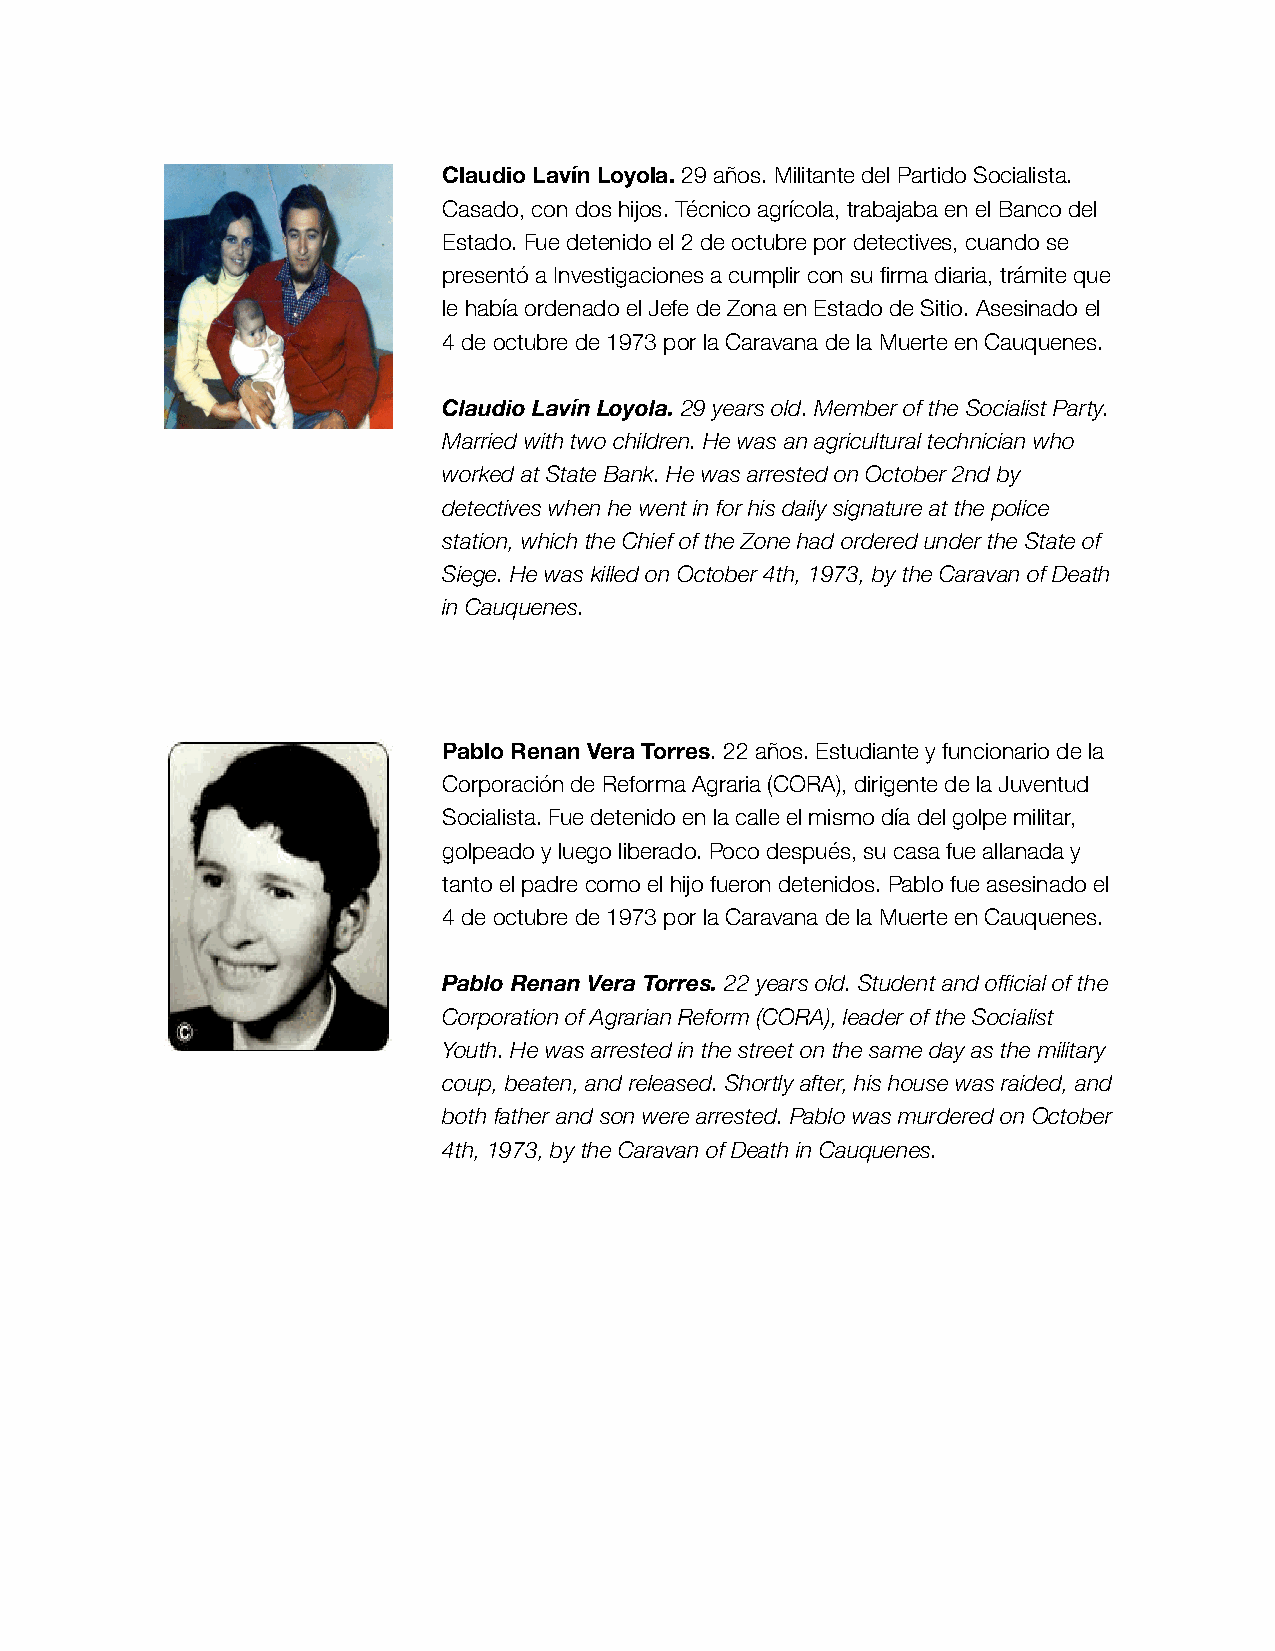
Claudio Lavín Loyola. 29 años. Militante del Partido Socialista.
 Casado, con dos hijos. Técnico agrícola, trabajaba en el Banco del
 Estado. Fue detenido el 2 de octubre por detectives, cuando se
 presentó a Investigaciones a cumplir con su firma diaria, trámite que
 le había ordenado el Jefe de Zona en Estado de Sitio. Asesinado el
 4 de octubre de 1973 por la Caravana de la Muerte en Cauquenes.
 Claudio Lavín Loyola. 29 years old. Member of the Socialist Party.
 Married with two children. He was an agricultural technician who
 worked at State Bank. He was arrested on October 2nd by
 detectives when he went in for his daily signature at the police
 station, which the Chief of the Zone had ordered under the State of
 Siege. He was killed on October 4th, 1973, by the Caravan of Death
 in Cauquenes.
 Pablo Renan Vera Torres. 22 años. Estudiante y funcionario de la
 Corporación de Reforma Agraria (CORA), dirigente de la Juventud
 Socialista. Fue detenido en la calle el mismo día del golpe militar,
 golpeado y luego liberado. Poco después, su casa fue allanada y
 tanto el padre como el hijo fueron detenidos. Pablo fue asesinado el
 4 de octubre de 1973 por la Caravana de la Muerte en Cauquenes.
 Pablo Renan Vera Torres. 22 years old. Student and official of the
 Corporation of Agrarian Reform (CORA), leader of the Socialist
 Youth. He was arrested in the street on the same day as the military
 coup, beaten, and released. Shortly after, his house was raided, and
 both father and son were arrested. Pablo was murdered on October
 4th, 1973, by the Caravan of Death in Cauquenes.